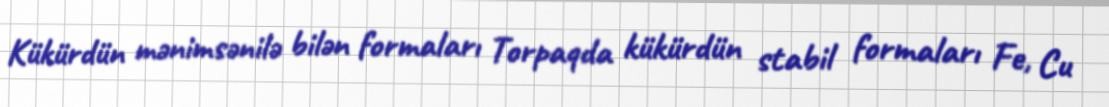
Kükürdün mənimsənilə bilən formaları Torpaqda kükürdün stabil formaları Fe, Cu